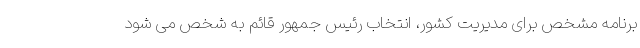
برنامه مشخص برای مدیریت کشور، انتخاب رئیس جمهور قائم به شخص می شود